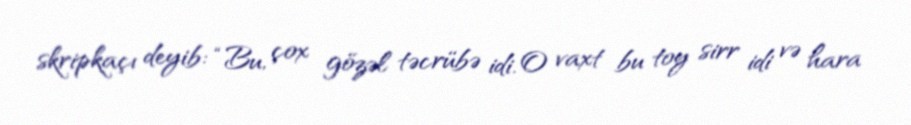
skripkaçı deyib: “Bu, çox gözəl təcrübə idi. O vaxt bu toy sirr idi və hara